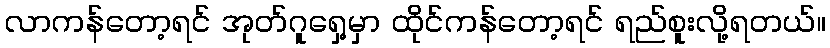
လာကန်တော့ရင် အုတ်ဂူရှေ့မှာ ထိုင်ကန်တော့ရင် ရည်စူးလို့ရတယ်။